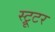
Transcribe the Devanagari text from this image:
स्ट्रूटर